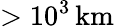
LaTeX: >10^{3}\, \mathrm{km}